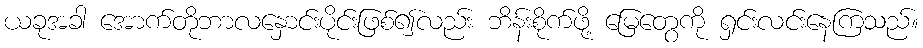
ယခုအခါ အောက်တိုဘာလနှောင်းပိုင်းဖြစ်၍လည်း ဘိန်းစိုက်ဖို့ မြေတွေကို ရှင်းလင်းနေကြသည်။